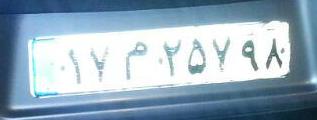
۱۷م۲۵۷۹۸